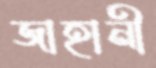
জাহানী